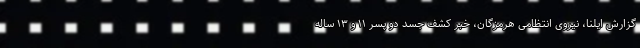
گزارش ایلنا، نیروی انتظامی هرمزگان، خبر کشف جسد دو پسر ۱۱ و ۱۳ ساله